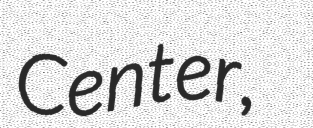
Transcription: Center,